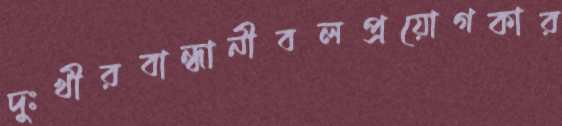
দুঃখীরবান্ধানীবলপ্রয়োগকার